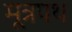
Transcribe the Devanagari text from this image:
मूत्रपथ